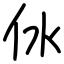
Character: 㲻